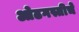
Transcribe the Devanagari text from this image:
ओढगस्तीचे